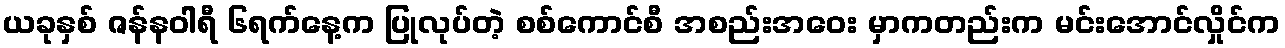
ယခုနှစ် ဇန်နဝါရီ ၆ရက်နေ့က ပြုလုပ်တဲ့ စစ်ကောင်စီ အစည်းအဝေး မှာကတည်းက မင်းအောင်လှိုင်က